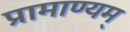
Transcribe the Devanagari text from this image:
प्रामाण्यम्